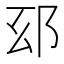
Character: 𨚏